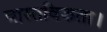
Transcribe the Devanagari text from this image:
वास्तविकता।